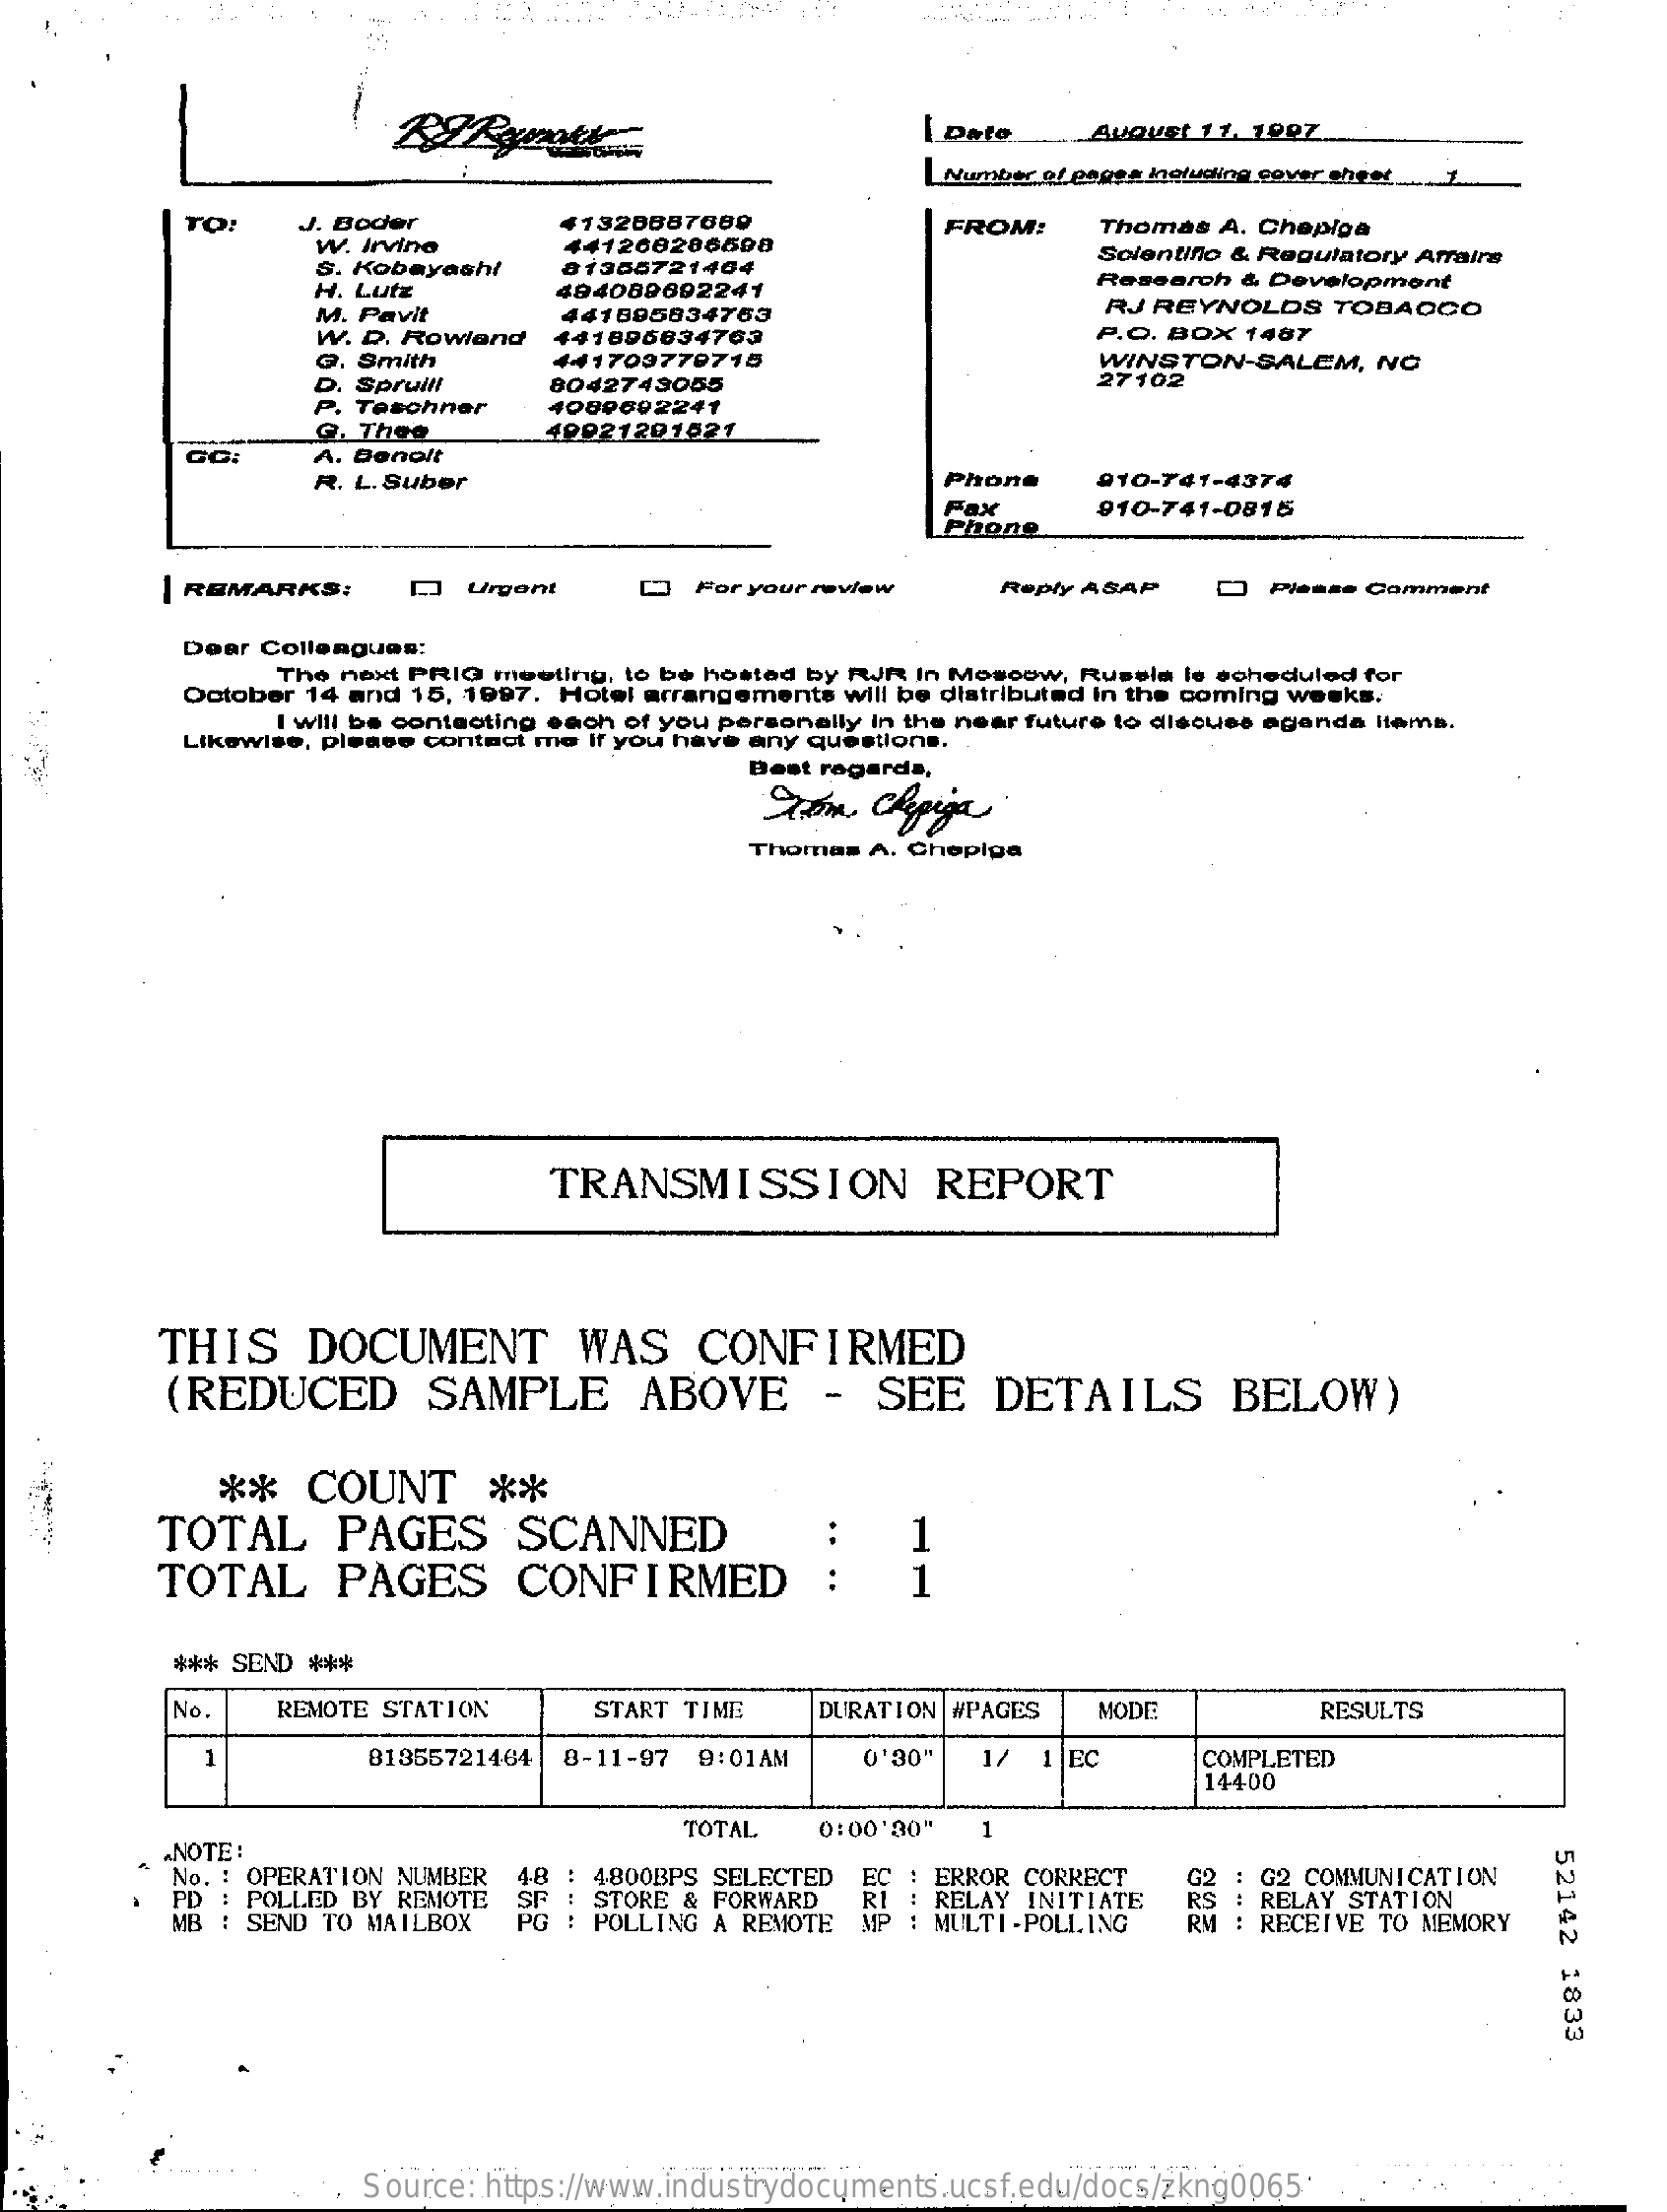
..
     AuQuet 11. 1007
     |Number of pages including cover sheet_
     TO:   J. Boder    41328887680    FROM:
     W. Irvine
     Thomas A. Chepiga
     S. Kobayashi
     441200200008
     81355721464
     Scientiflo & Regulatory Affairs
     H. Lutz
     M. Pavit
     484089092241
     Research & Development
     W. D. Rowland
     441895834763    RJ REYNOLDS   TOBACCO
     441896834763    P.O. BOX 1487
     @. Smith    441703779715    WINSTON-SALEM,   NC
     Spruill
     P. Teschner
     8042749055    27102
     @. Thee
     4089692241
     A. Bonolt
     49021201521
     R. L. Suber    Phone    010-741-4374
     Fax
     Phone
     910-741-0815
     | REMARKS:    []  Urgent    For your review    Reply ASAP    Please Comment
     Dear Colleagues:
     The next PRIG meeting, to be hosted by RJR In Moscow, Russia le scheduled for
     October 14 and 15, 1997. Hotel arrangements will be distributed in the coming weeks.
     I will be contacting each of you personally in the near future to discuss agenda itema.
     Likewise, please contact me if you have any questions.
     Best regards,
     Som   Chpija
     Thomas A. Chepiga
     TRANSMISSION    REPORT
     THIS    DOCUMENT    WAS    CONFIRMED
     (REDUCED    SAMPLE    ABOVE    -  SEE    DETAILS    BELOW)
     **   COUNT    **
     TOTAL    PAGES    SCANNED    1
     TOTAL    PAGES    CONFIRMED    1
     *** SEND ***
     No.   REMOTE STATION    START TIME    DURATION #PAGES  MODE    RESULTS
     -
     81355721464 8-11-97 9:01AM    0'30"  1/ 1 EC    COMPLETED
     14400
     TOTAL
     NOTE:
     1
     52142
     1833
     No. : OPERATION NUMBER
     PD : POLLED BY REMOTE
     48 : 4800BPS SELECTED    62 : G2 COMMUNICATION
     MB : SEND TO MAILBOX    !
     STORE & FORWARD
     POLLING A REMOTE
     RI
     EC : ERROR CORRECT
     MP
     RELAY INITIATE
     : MULTI -POLLING
     : RELAY STATION
     RM : RECEIVE TO MEMORY
     Source: https://www.industrydocuments.ucsf.edu/docs/zkng0065